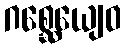
ဂစ္ဆေယျေဝ